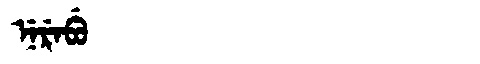
Manchu: ᠨᡝᡵᡝᠪᡠ
Romanization: NEREBU